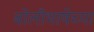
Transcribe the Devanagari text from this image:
बोलीभाषेच्या